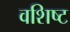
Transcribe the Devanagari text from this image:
वशिष्ट